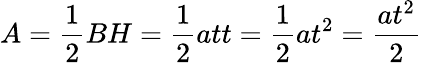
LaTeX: A={\frac{1}{2}}BH={\frac{1}{2}}att={\frac{1}{2}}at^{2}={\frac{at^{2}}{2}}